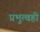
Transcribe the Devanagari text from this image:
प्रभुत्वही